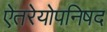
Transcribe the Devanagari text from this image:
ऐतरेयोपनिषद